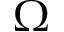
\Omega